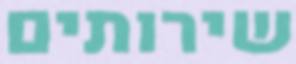
שירותים